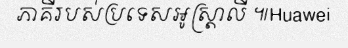
ភាគីរបស់ប្រទេសអូស្ត្រាលី ៕Huawei